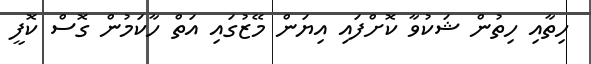
ހިތާއި ހިތުން ޝަކުވާ ކޮށްފައި އިޔަން މޭޒުގައި އަތް ހާކަމުން ގޮސް ކޮފީ